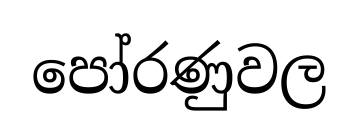
පෝරණුවල